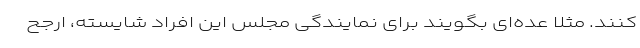
کنند. مثلا عده‌ای بگویند برای نمایندگی مجلس این افراد شایسته، ارجح